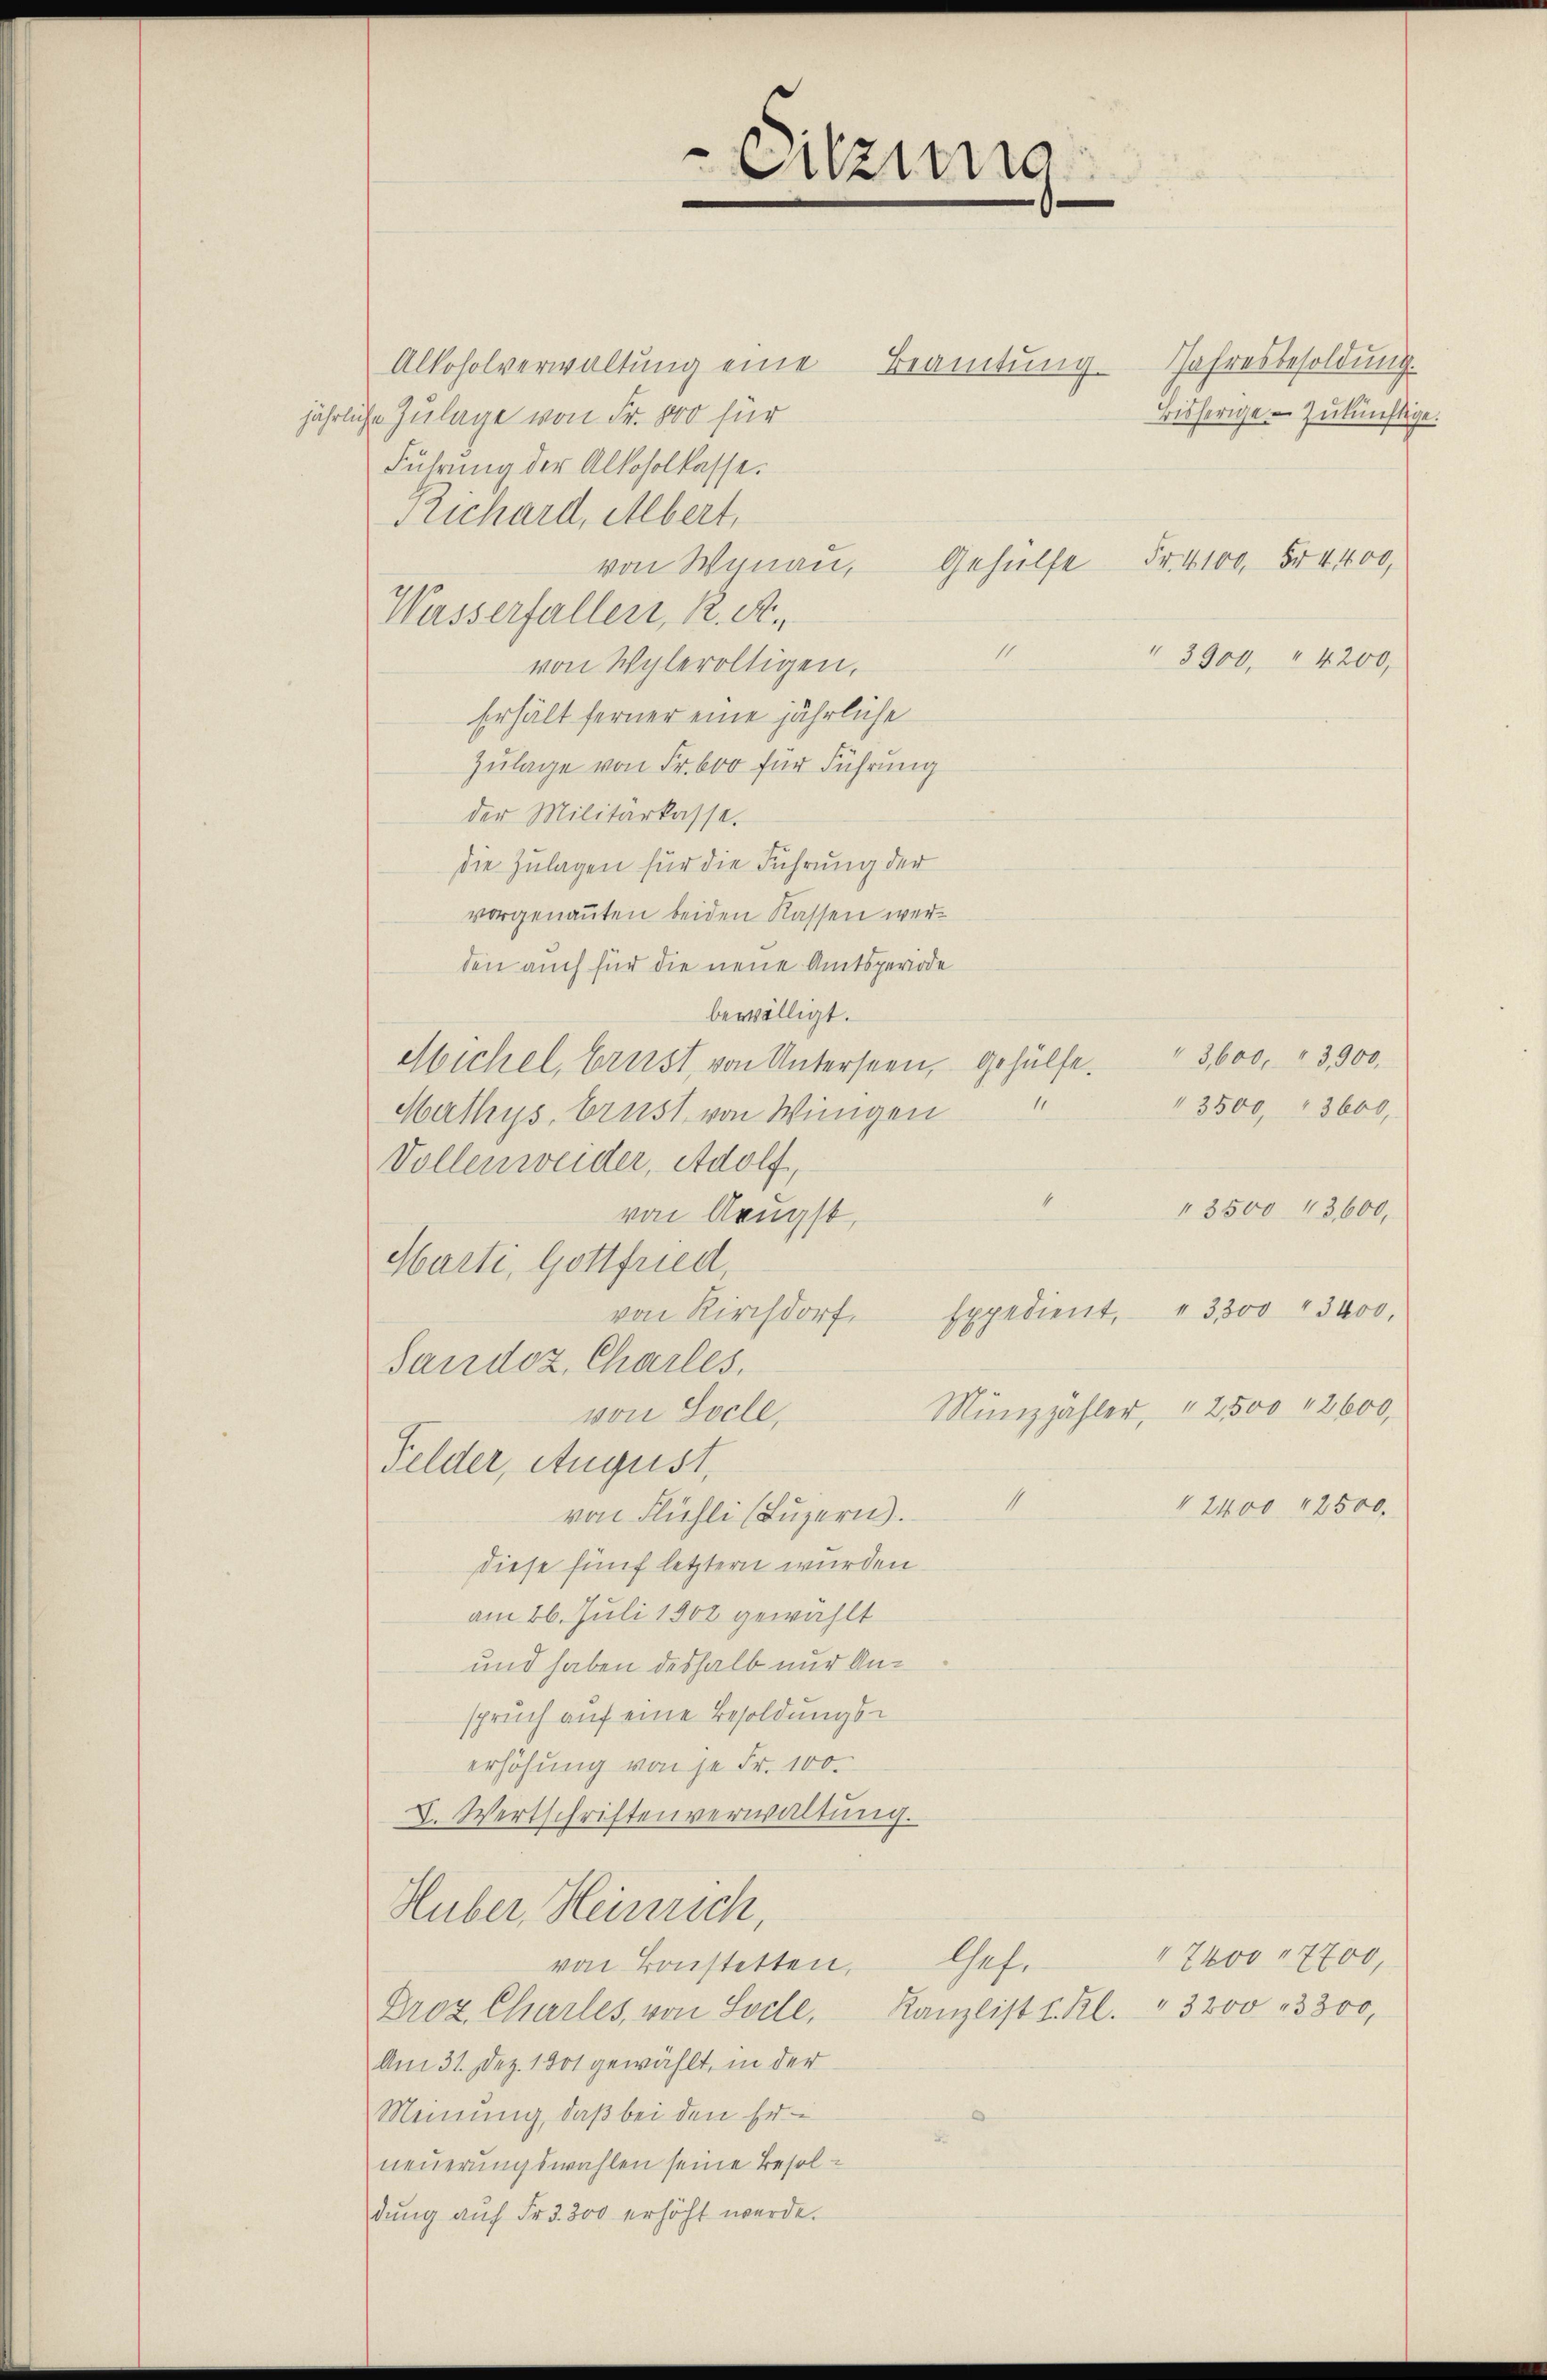
Alkoholverwaltung eine Beamtung
jährliche Zulage von Fr. 800 für
Führung der Alkoholkasse.
Richard, Albert,
von Wynau, Gehülfe Fr. 410
Wasserfallen, K. A.
11
von Wylevoltigen,
Erhält ferner eine jährliche
Zulage von Fr. 600 für Führung
der Militarkasse.
die Zulagen für die Führung der
vorgenanten beiden Kassen werden auch für die neue Amtsperiode
bewilligt.
Michel, Brust von Unterseen, gehülfe.
Mathys, Brust von Winigen
Vollenweider, Adolf,
von Aeugst,
Harti, Gottfried,
Expedient,
von Kirchdorf.
Sandoz, Charles,
von Socle,
Felder, August,
von Flühli (Luzern).
diese fünf letztern wurden.
am 26. Juli 1902 gewählt
und haben deshalb nur Anspruch auf eine Besoldungserhöhung von je Fr. 100.
X. Wertschriftenverwaltung.
Huber, Heinrich,
Ges.
von konstetten,
Droz. Charles, von Sode,
Am 31. Dez. 1801 gewählt, in der
Meinung, daß bei den Er-
neuerungswahlen seine Besoldung auf Fr. 3300 erhöht werde.

Eitzung

u
4

3,600, 3,900,
" 3500 " 3600,
" 3500 13,600,
" 3,300 " 3400.

Münzzähler, " 2500 " 2600,

Jahresbesoldung.
bisherige - zukünftige.

5r 4400,
3900, " 4200

2400 12500.

7400 7700,
Kanzlist I. Kl. 3200 - 3300,